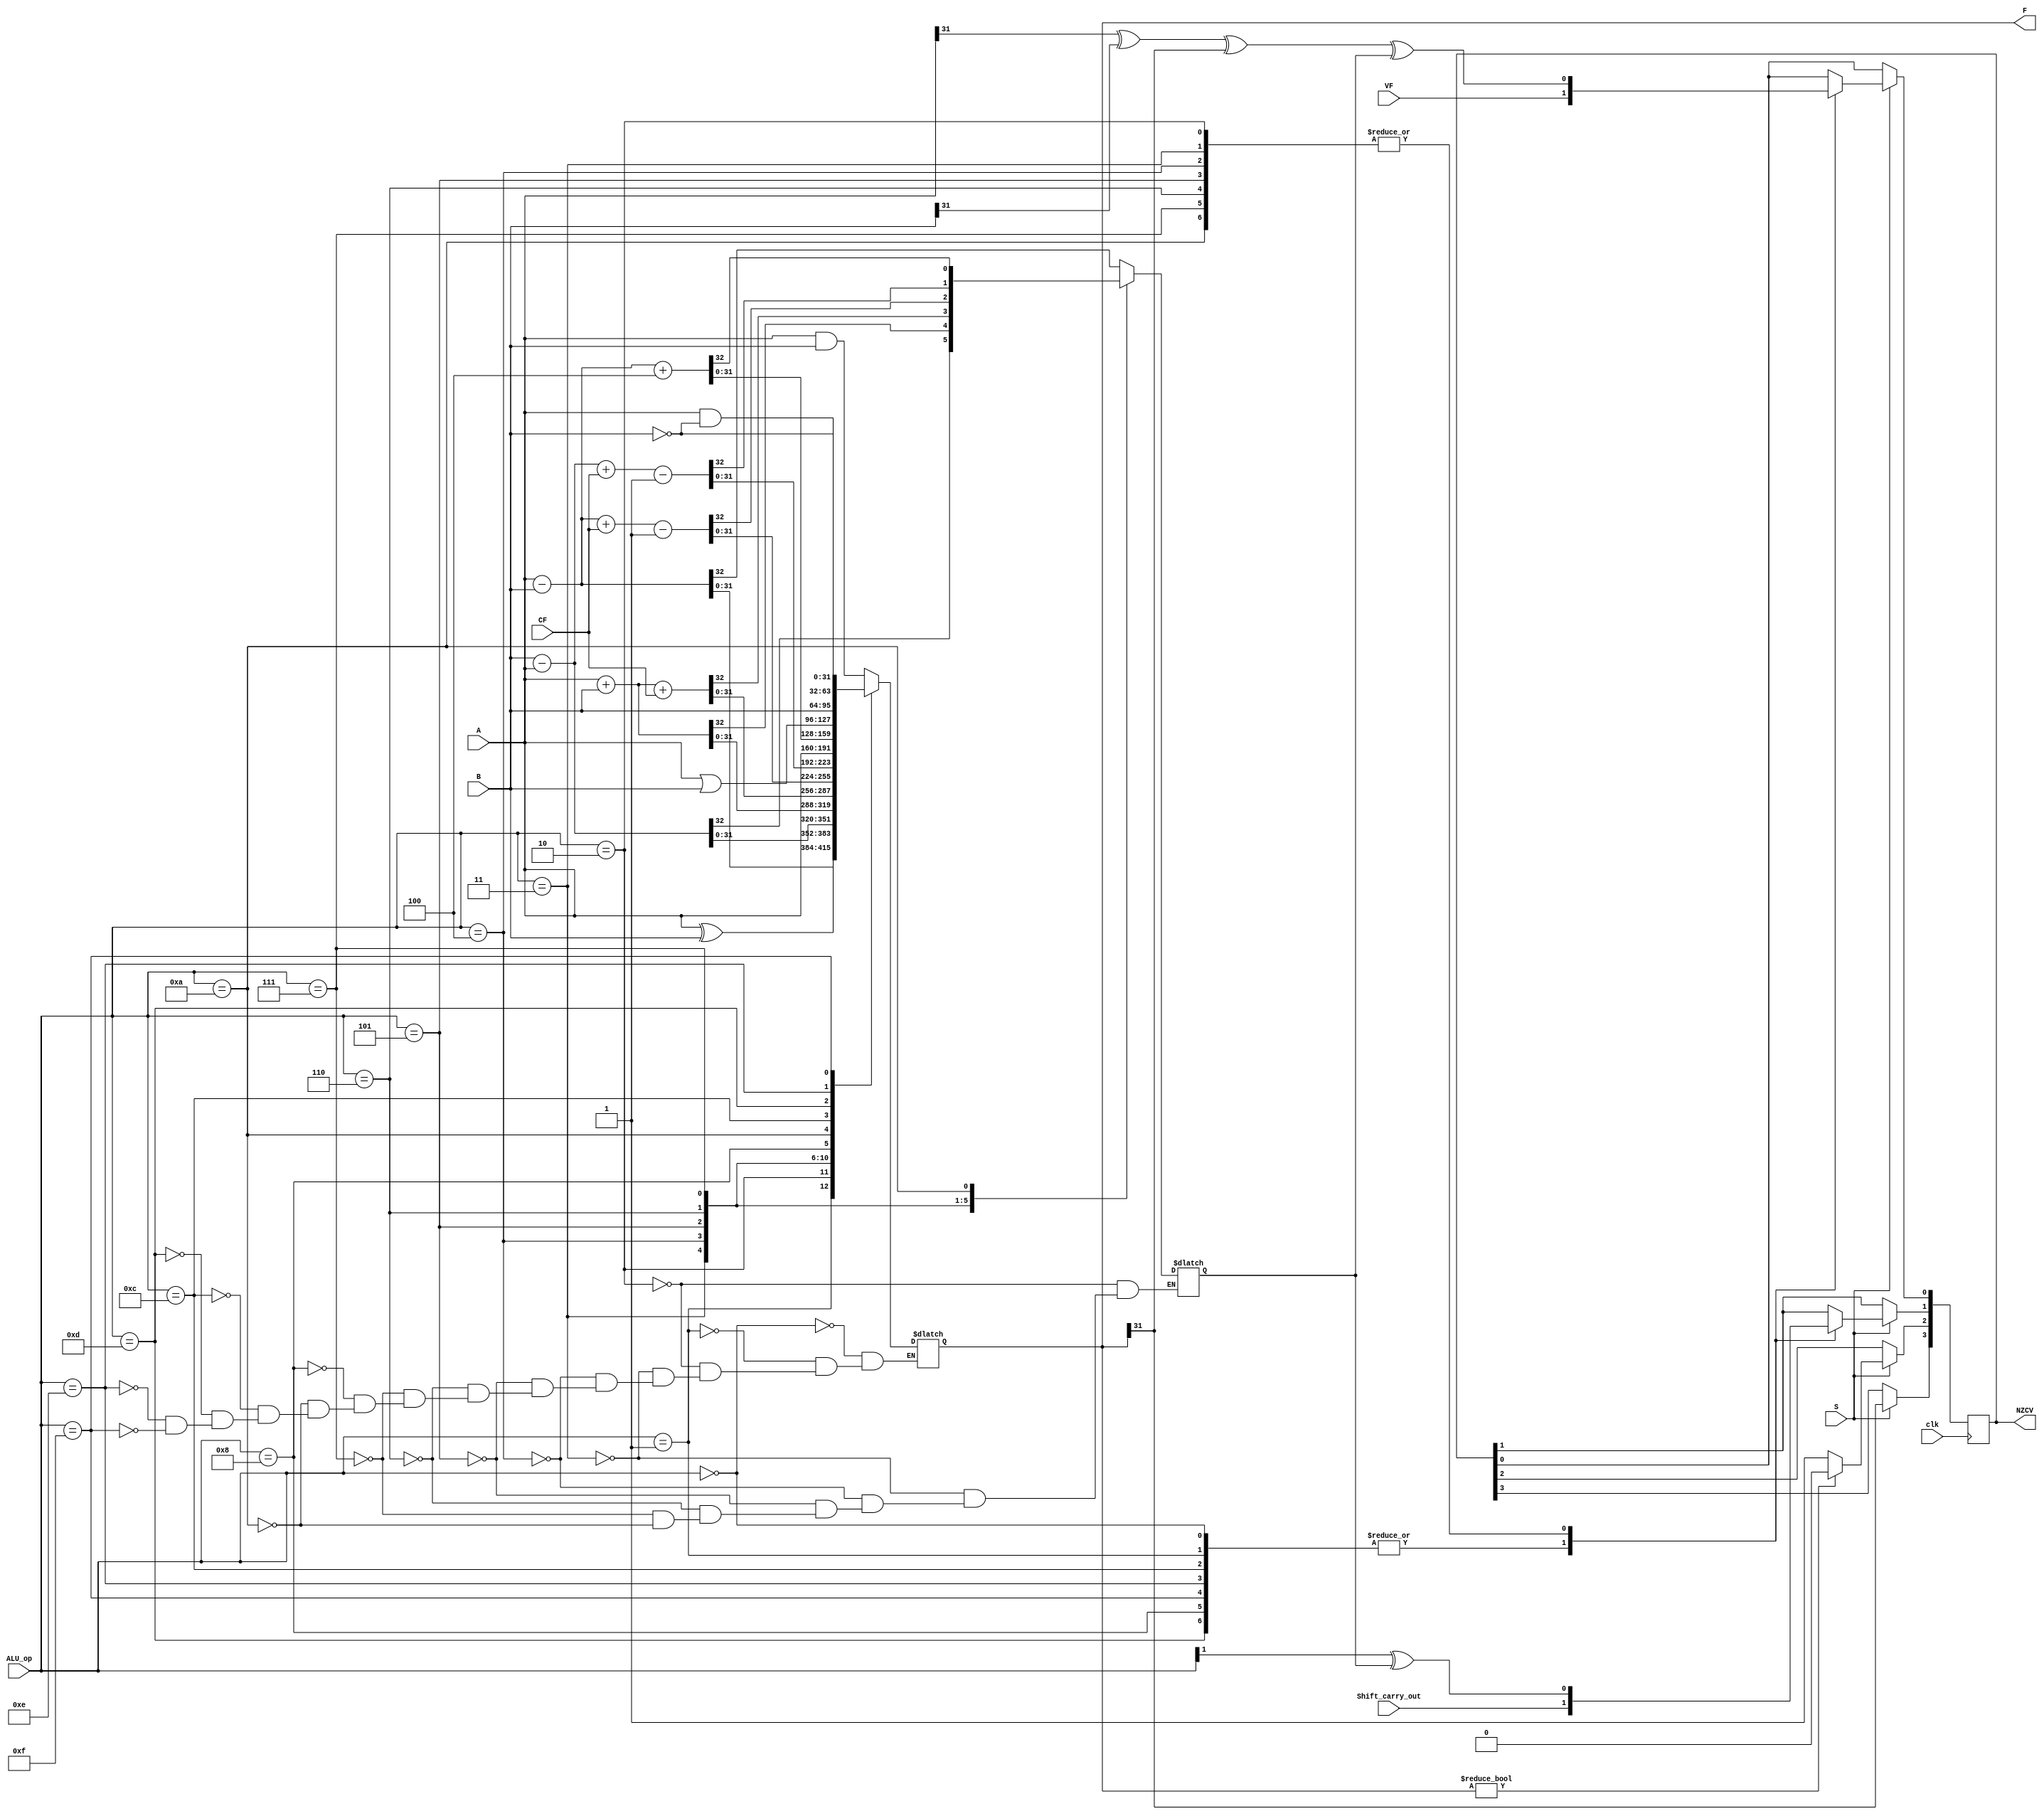
`timescale 1ns / 1ps
//////////////////////////////////////////////////////////////////////////////////
// Company: 
// Engineer: 
// 
// Design Name: 
// Module Name:    ALU_Main 
// Project Name: 
// Target Devices: 
// Tool versions: 
// Description: 
//
// Dependencies: 
//
// Revision: 
// Revision 0.01 - File Created
// Additional Comments: 
//
//////////////////////////////////////////////////////////////////////////////////
module ALU_Main(
	input 		clk,
	input 		 S,
	input [31:0] B,
	input [31:0] A,
	input [3:0] ALU_op,
	input Shift_carry_out,
	input CF,
	input VF,
	
	output reg [31:0] F,
	output reg [3:0] NZCV
    );
	 reg Cout;
	 localparam FN = 3,FZ = 2,FC = 1,FV = 0;
	 always@(*)
	 begin
		case(ALU_op)
			4'h0: 
			begin
				F <= A & B;
			end
			4'h1:
			begin
				F <= A ^ B;
			end
			4'h2:
			begin
				{Cout,F} <= A - B;
			end
			4'h3:
			begin
				{Cout,F} <= B - A;			
			end
			4'h4:
			begin
				{Cout,F} <= A + B;
			end
			4'h5:
			begin
				{Cout,F} <= A + B + CF;
			end
			4'h6:
			begin
				{Cout,F} <= A -B + CF-1;
			end
			4'h7:
			begin
				{Cout,F} <= B - A + CF -1;
			end
			4'h8:
			begin
				F <= A;
			end
			4'hA:
			begin
				{Cout,F} <= A - B + 32'h4;
			end
			4'hC:
			begin
				F <= A | B;
			end
			4'hD:
			begin
				F <= B;
			end
			4'hE:
			begin
				F <= A & (~B);
				
			end
			4'hF:
			begin
				F <= ~B;
			end
		endcase
	 end
	 always@(negedge clk) begin 
		if(S == 1) begin
			NZCV[FN] <= F[31];
			if(F != 32'b0) NZCV[FZ] <= 0;
			else NZCV[FZ] <= 1;
			
			case(ALU_op)
			4'h0,4'h1,4'hC,4'hE,4'hF,4'h8,4'hD: begin
				NZCV[FC] <= Shift_carry_out;
				NZCV[FV] <= VF;
			end
			4'h2,4'h3,4'h4,4'h5,4'h6,4'h7,4'hA: begin
				NZCV[FC] <= ALU_op[1] ^ Cout;
				NZCV[FV] <= A[31] ^ B[31] ^ F[31] ^ Cout;
			end
			
			endcase
				
		end
	 end
endmodule